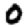
Digit: 0